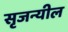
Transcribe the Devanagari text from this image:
सृजन्यील